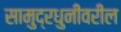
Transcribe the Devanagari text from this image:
सामुद्रधुनीवरील